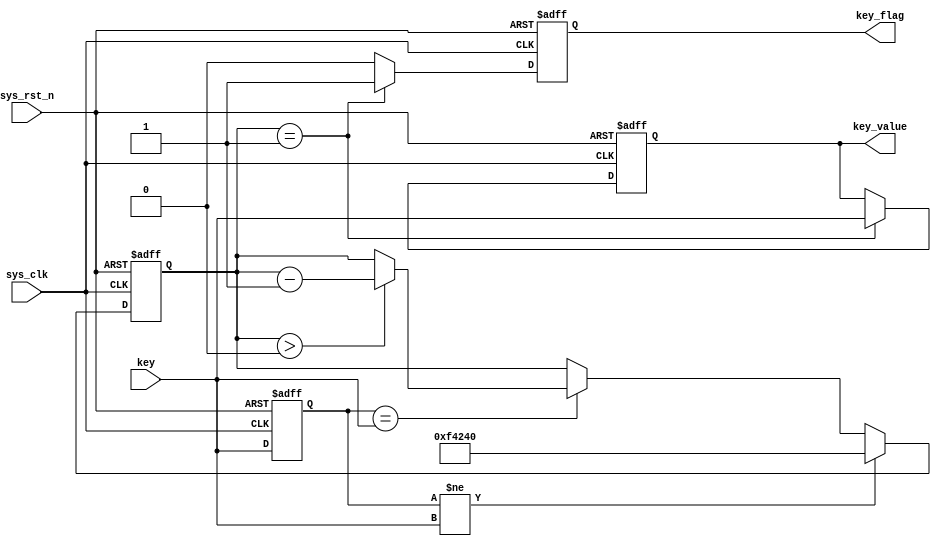
                               
//----------------------------------------------------------------------------------------
// File name:           key_debounce
// Last modified Date:  2018/4/24 9:56:36
// Last Version:        V1.1
// Descriptions:        
//----------------------------------------------------------------------------------------
// Created by:          
// Created date:        2018/3/29 10:55:56
// Version:             V1.0
// Descriptions:        The original version
//
//----------------------------------------------------------------------------------------
// Modified by:		    
// Modified date:	    2018/4/24 9:56:36
// Version:			    V1.1
// Descriptions:	    
//
//----------------------------------------------------------------------------------------
//****************************************************************************************//

module key_debounce1(
    input            sys_clk,          //50M
    input            sys_rst_n,        //
    
    input            key,              //
    output reg       key_flag,         //
	output reg       key_value         //  
    );

//reg define    
reg [31:0] delay_cnt;
reg        key_reg;

//*****************************************************
//**                    main code
//*****************************************************
always @(posedge sys_clk or negedge sys_rst_n) begin 
    if (!sys_rst_n) begin 
        key_reg   <= 1'b1;
        delay_cnt <= 32'd0;
    end
    else begin
        key_reg <= key;
        if(key_reg != key)             //()
            delay_cnt <= 32'd1000000;  //20ms
        else if(key_reg == key) begin  //20ms
                 if(delay_cnt > 32'd0)
                     delay_cnt <= delay_cnt - 1'b1;
                 else
                     delay_cnt <= delay_cnt;
             end           
    end   
end

always @(posedge sys_clk or negedge sys_rst_n) begin 
    if (!sys_rst_n) begin 
        key_flag  <= 1'b0;
        key_value <= 1'b1;          
    end
    else begin
        if(delay_cnt == 32'd1) begin   //120ms
            key_flag  <= 1'b1;         //
            key_value <= key;          //
        end
        else begin
            key_flag  <= 1'b0;
            key_value <= key_value; 
        end  
    end   
end
    
endmodule